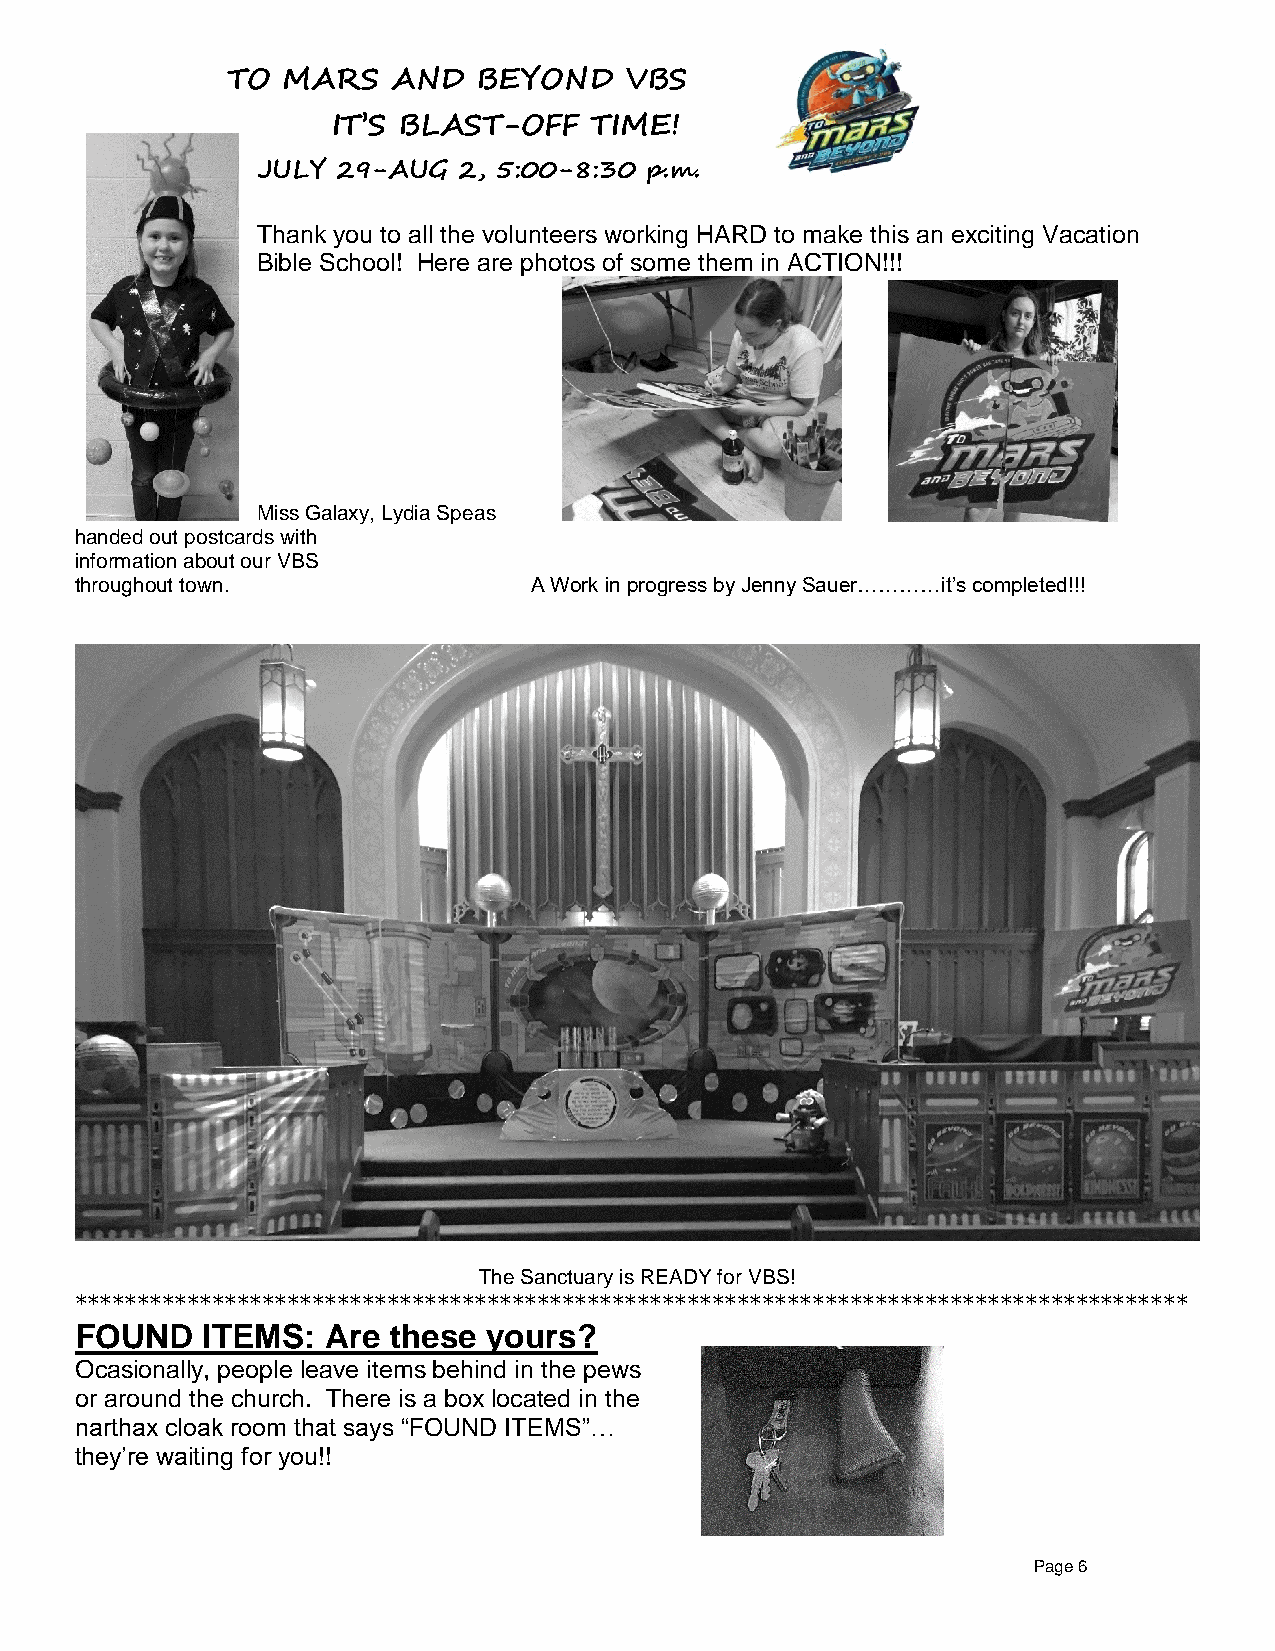
TO  MARS   AND   BEYOND   VBS
 IT’S BLAST-OFF   TIME!
 JULY 29-AUG  2, 5:00-8:30 p.m.
 Thank you to all the volunteers working HARD to make this an exciting Vacation
 Bible School! Here are photos of some them in ACTION!!!
 Miss Galaxy, Lydia Speas
 handed out postcards with
 information about our VBS
 throughout town.              A Work in progress by Jenny Sauer…………it’s completed!!!
 The Sanctuary is READY for VBS!
 *****************************************************************************************
 FOUND   ITEMS:   Are these yours?
 Ocasionally, people leave items behind in the pews
 or around the church. There is a box located in the
 narthax cloak room that says “FOUND ITEMS”…
 they’re waiting for you!!
 Page 6